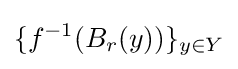
\{f^{-1}(B_{r}(y))\}_{y\in Y}